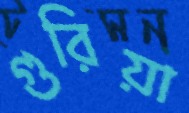
গুরিয়া